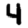
Digit: 4